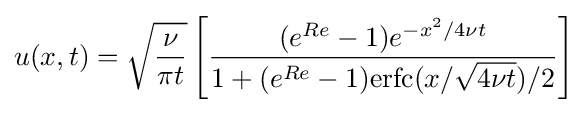
u(x,t)={\sqrt {\frac {\nu }{\pi t}}}\left[{\frac {(e^{Re}-1)e^{-x^{2}/4\nu t}}{1+(e^{Re}-1)\mathrm {erfc} (x/{\sqrt {4\nu t}})/2}}\right]